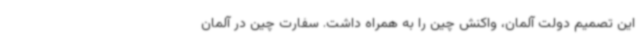
این تصمیم دولت آلمان، واکنش چین را به همراه داشت. سفارت چین در آلمان